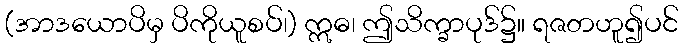
(အာဒယောပိမှ ပိကိုယူစပ်၊) ဣဓ၊ ဤသိက္ခာပုဒ်၌။ ရဇတဟူ၍ပင်